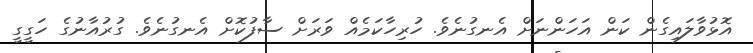
އޮޅުވާލައިިގެން ކަން އަހަންނަށް އެނގުނެވެ. ހުރިހާކަމެއް ވަރަށް ސާފުކޮށް އެނގުނެވެ. ގުރުއާނުގެ ހަގީގީ